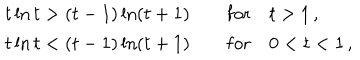
LaTeX: \begin{array} { l } { { t \ln t > ( t - 1 ) \ln ( t + 1 ) \qquad \mathrm { f o r } \quad t > 1 \, , } } \\ { { t \ln t < ( t - 1 ) \ln ( t + 1 ) \qquad \mathrm { f o r } \quad 0 < t < 1 \, , } } \\ \end{array}